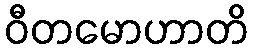
ဝီတမောဟာတိ